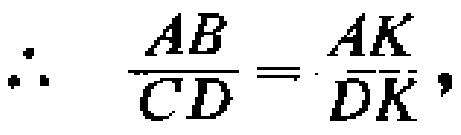
\[\therefore \quad \frac{AB}{CD}=\frac{AK}{DK},\]